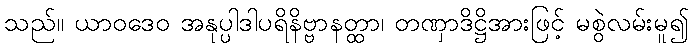
သည်။ ယာဝဒေဝ အနုပ္ပါဒါပရိနိဗ္ဗာနတ္ထာ၊ တဏှာဒိဋ္ဌိအားဖြင့် မစွဲလမ်းမူ၍